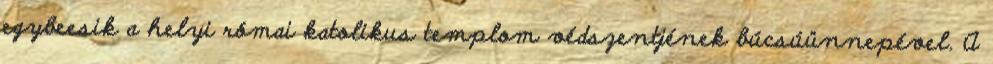
egybeesik a helyi római katolikus templom védszentjének búcsúünnepével. A